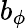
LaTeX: b_{\phi}